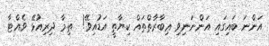
އަންނަ ބައިގައި އަންނަނިވި ޢިބާރާތްތައް ކިޔާތީ އަޑުއިވޭ!  ތިމާ ދިރިއުޅޭ ވެއްޓާ